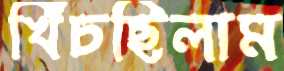
খিঁচছিলাম